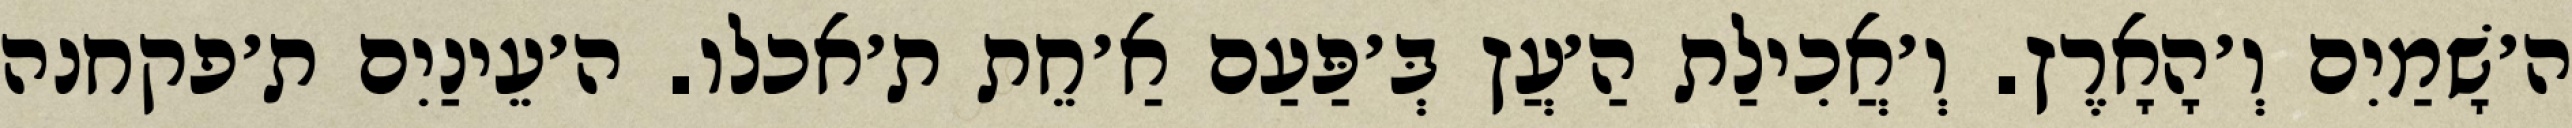
ה׳שָׁמַיִם וְ׳הָאָרֶץ. וְ׳אֲכִילַת הַ׳עֲץ בְּ׳פַּעַם אַ׳חֵת ת׳אכלו. ה׳עֵינַיִם ת׳פקחנה